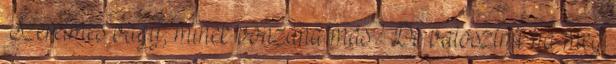
Szerelmes vagy, minek vonzana más? De valószínű ha meg